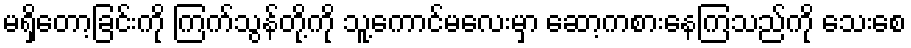
မရှိတော့ခြင်းကို ကြက်သွန်တို့ကို သူ့ကောင်မလေးမှာ ဆော့ကစားနေကြသည်ကို သေးစေ